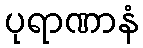
ပုရာဏာနံ